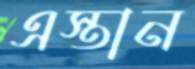
এস্তান